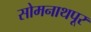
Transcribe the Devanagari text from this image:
सोमनाथपूर